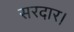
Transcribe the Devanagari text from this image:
सरदार।